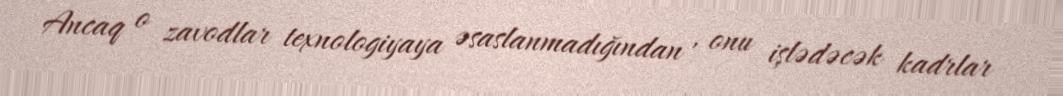
Ancaq o zavodlar texnologiyaya əsaslanmadığından , onu işlədəcək kadrlar